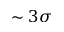
\sim 3 \sigma